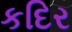
કદિર